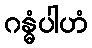
ဂန္ဓံပါဟံ